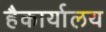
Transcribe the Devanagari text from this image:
हैकार्यालय